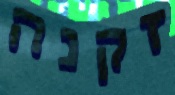
זקנה